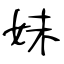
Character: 妹